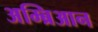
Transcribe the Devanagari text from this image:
अम्ब्रिआन